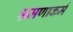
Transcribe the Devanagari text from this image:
श्रमणाकर्म